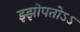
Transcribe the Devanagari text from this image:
झ्झोपतोऽऽ